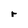
Character: r